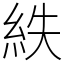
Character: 紩